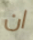
ان